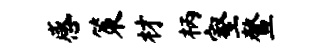
感策材柄壑鳌